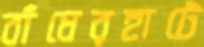
বাঁধেরহাটে